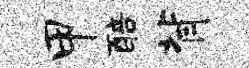
甲醅背